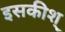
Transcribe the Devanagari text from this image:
इसकीश्